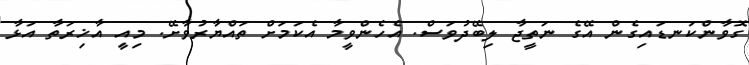
ގޮވާންކަނޑައިގެން އޭގެ ނަތީޖާ ލިބޭދުވަސް. އެހެންވީމާ އެކަމަށް ތައްޔާރުވާށޭ. މިއީ އާޚިރަތާ އަޅާ